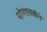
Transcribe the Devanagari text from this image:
योगशक्तीने